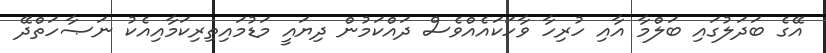
އޭގެ ބަދަލުގައި ބަލްމާ އާއި ހުރިހާ ވާހަކައެއްވެސް ދައްކަމުން ދިޔައީ މަޑުމައިތިރިކަމާއިއެކު ނަޞާހަތްދޭ